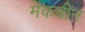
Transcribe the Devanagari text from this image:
मेकबीन